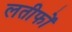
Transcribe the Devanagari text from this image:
लतीफों